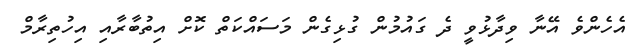
އެހެންވެ އޭނާ ވިދާޅުވީ ދެ ގައުމުން ގުޅިގެން މަސައްކަތް ކޮށް އިތުބާރާއި އިހުތިރާމް